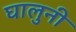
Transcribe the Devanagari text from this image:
घालुनी